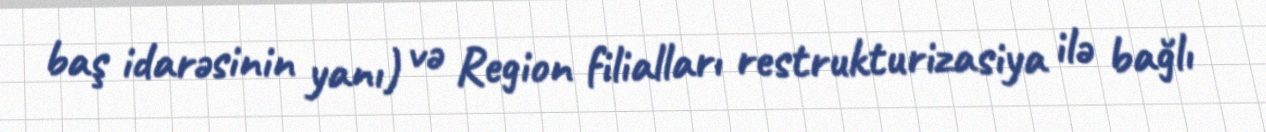
baş idarəsinin yanı) və Region filialları restrukturizasiya ilə bağlı